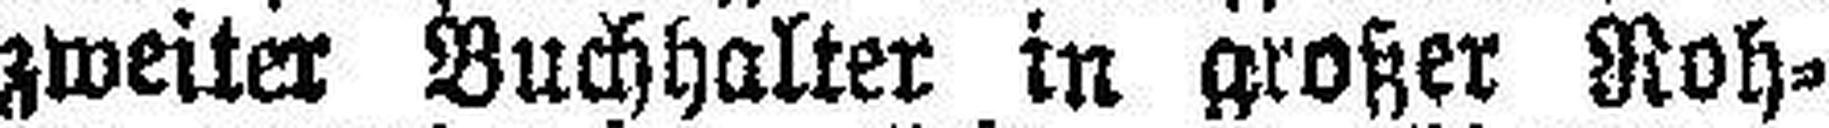
zweiter Buchhalter in großer Roh¬